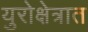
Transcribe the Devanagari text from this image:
युरोक्षेत्रात